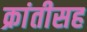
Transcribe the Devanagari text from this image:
क्रांतीसह